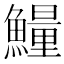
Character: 𱇁